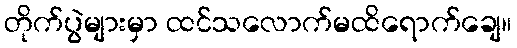
တိုက်ပွဲများမှာ ထင်သလောက်မထိရောက်ချေ။